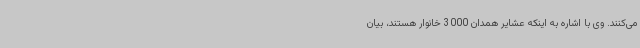
می‌کنند. وی با اشاره به اینکه عشایر همدان 3000 خانوار هستند، بیان